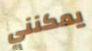
يمكنني